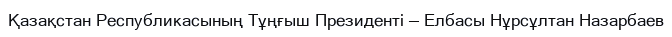
Қазақстан Республикасының Тұңғыш Президенті — Елбасы Нұрсұлтан Назарбаев